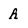
Character: A